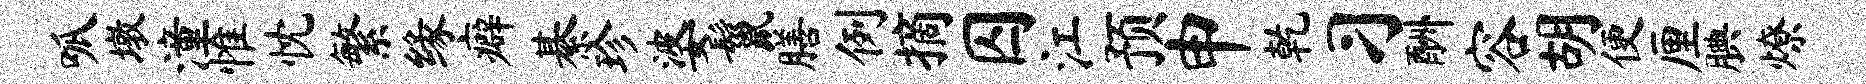
呱墩潼惟忱繁缘癖綦珍婆鬣膳例摘囚江预申乾习酬容胡便厘腆燎